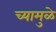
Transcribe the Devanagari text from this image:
च्यामुळे